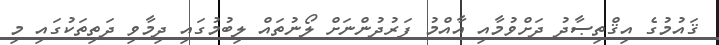
ޤައުމުގެ އިޤްތިޞާދު ދަށްވުމާއި އާއްމު ފަރުދުންނަށް ލޯނުތައް ލިބުމުގައި ދިމާވި ދަތިތަކުގައި މި